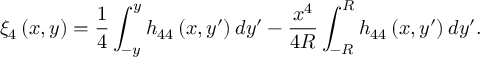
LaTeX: \xi _ { 4 } \left( x , y \right) = \frac { 1 } { 4 } \int _ { - y } ^ { y } h _ { 4 4 } \left( x , y ^ { \prime } \right) d y ^ { \prime } - \frac { x ^ { 4 } } { 4 R } \int _ { - R } ^ { R } h _ { 4 4 } \left( x , y ^ { \prime } \right) d y ^ { \prime } .